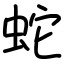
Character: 蛇